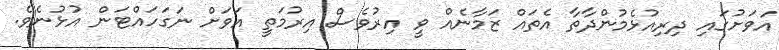
އަވަށުގައި ދިރިއުޅެމުންދާތާ އެތައް ޒަމާނެއް ވީ އިރުވެސް އިރުމަތީ އަވަށް ނަގަހައްޓަން އުޅުނެވެ.